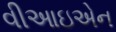
વીઆઇએન